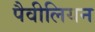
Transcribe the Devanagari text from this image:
पैवीलियन